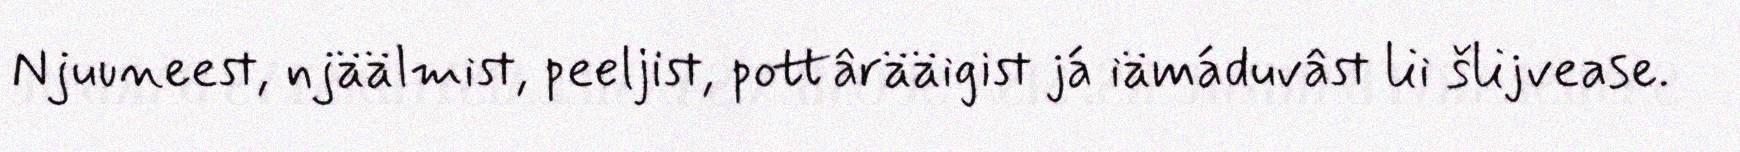
Njuuneest, njäälmist, peeljist, pottârääigist já iämáduvâst lii šlijvease.